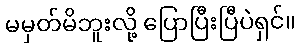
မမှတ်မိဘူးလို့ ပြောပြီးပြီပဲရှင်။